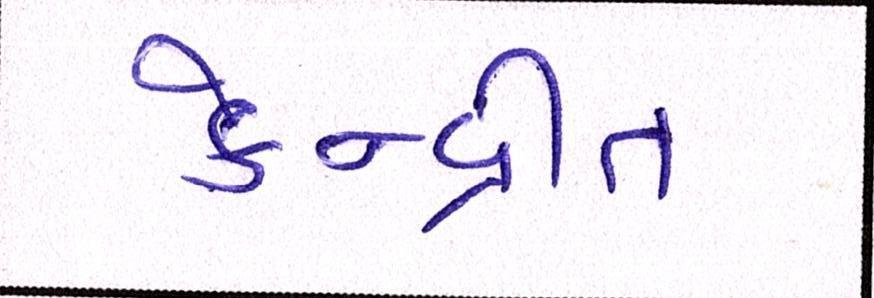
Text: કેન્દ્રીત